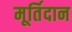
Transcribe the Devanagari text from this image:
मूर्तिदान